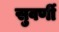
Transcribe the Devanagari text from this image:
सुवर्णी